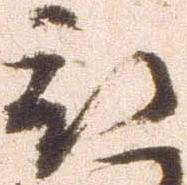
被